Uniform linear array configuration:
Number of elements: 4
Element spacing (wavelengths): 0.5
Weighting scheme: exponential
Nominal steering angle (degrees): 60
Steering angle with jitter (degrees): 59.093
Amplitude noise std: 0.05
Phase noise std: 0.05

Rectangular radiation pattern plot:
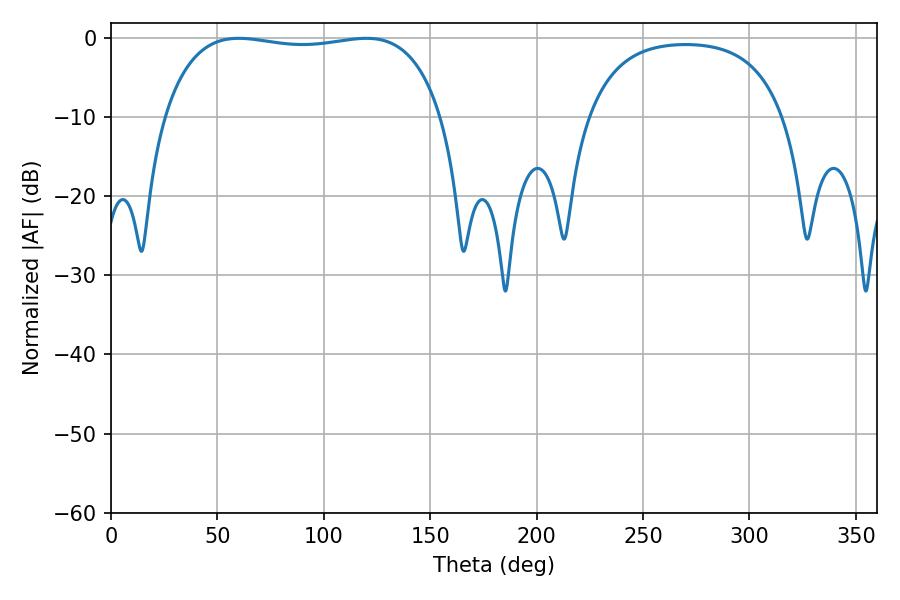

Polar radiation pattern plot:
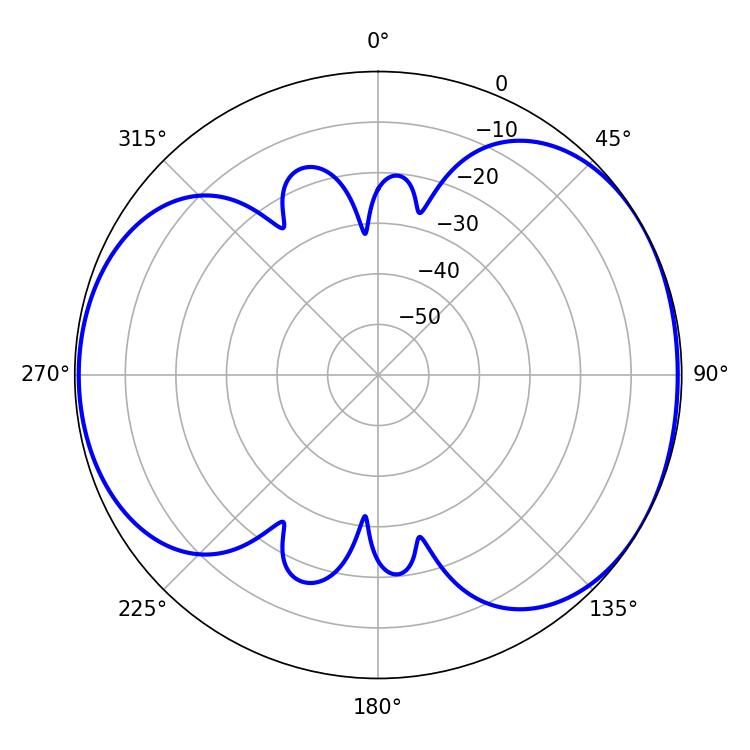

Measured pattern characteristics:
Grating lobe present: FALSE
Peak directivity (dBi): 5.053
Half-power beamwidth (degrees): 104.76
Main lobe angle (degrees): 59.94